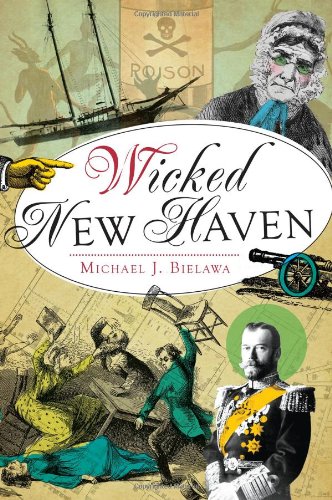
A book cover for Wicked New Haven; Michael J. Bielawa; Travel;